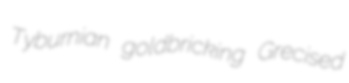
Tyburnian goldbricking Grecised